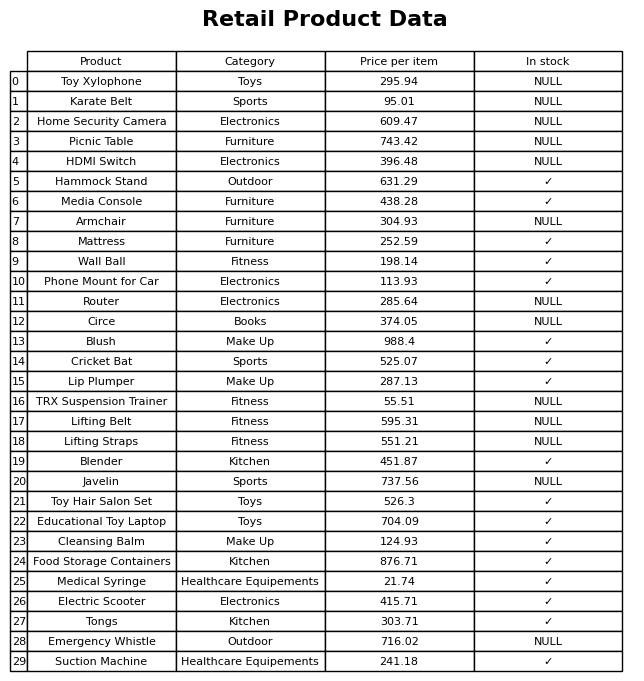
question: Is the Tongs in stock?
answer: ✓